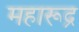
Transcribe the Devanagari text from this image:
महारूद्र